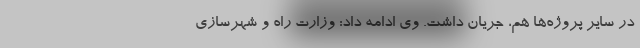
در سایر پروژه‌ها هم، جریان داشت. وی ادامه داد: وزارت راه و شهرسازی